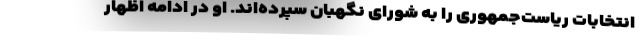
انتخابات ریاست‌جمهوری را به شورای نگهبان سپرده‌اند. او در ادامه اظهار